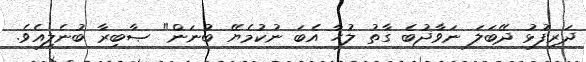
ދަރިފުޅު ދޭބަލަ ނަވާޛުބެ ގާތު ލުހާ އެބަ ނުކުމެޔޭ ބުނަން" ޞާބިރާ ބުނެލިއެވެ.